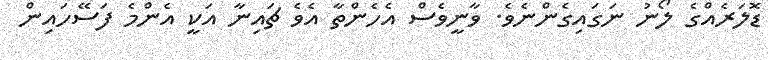
ޑޮލަރެއްގެ ލޯނު ނަގައިގެންނެވެ. ވާނީވެސް އެހެންތާ އެވެ ޗައިނާ އަކީ އެންމެ ފަސޭހައިން